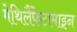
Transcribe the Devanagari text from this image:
मेथिलैंफेटामाइन